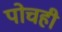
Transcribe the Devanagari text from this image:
पोचही